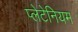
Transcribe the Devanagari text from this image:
प्लेटेनियम